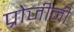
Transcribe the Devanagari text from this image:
प्रोजीनी